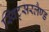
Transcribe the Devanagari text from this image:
स्विट्सरलैण्ड